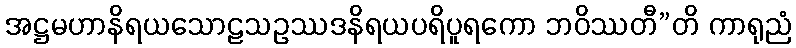
အဋ္ဌမဟာနိရယသောဠသဥဿဒနိရယပရိပူရကော ဘဝိဿတီ”တိ ကာရုညံ